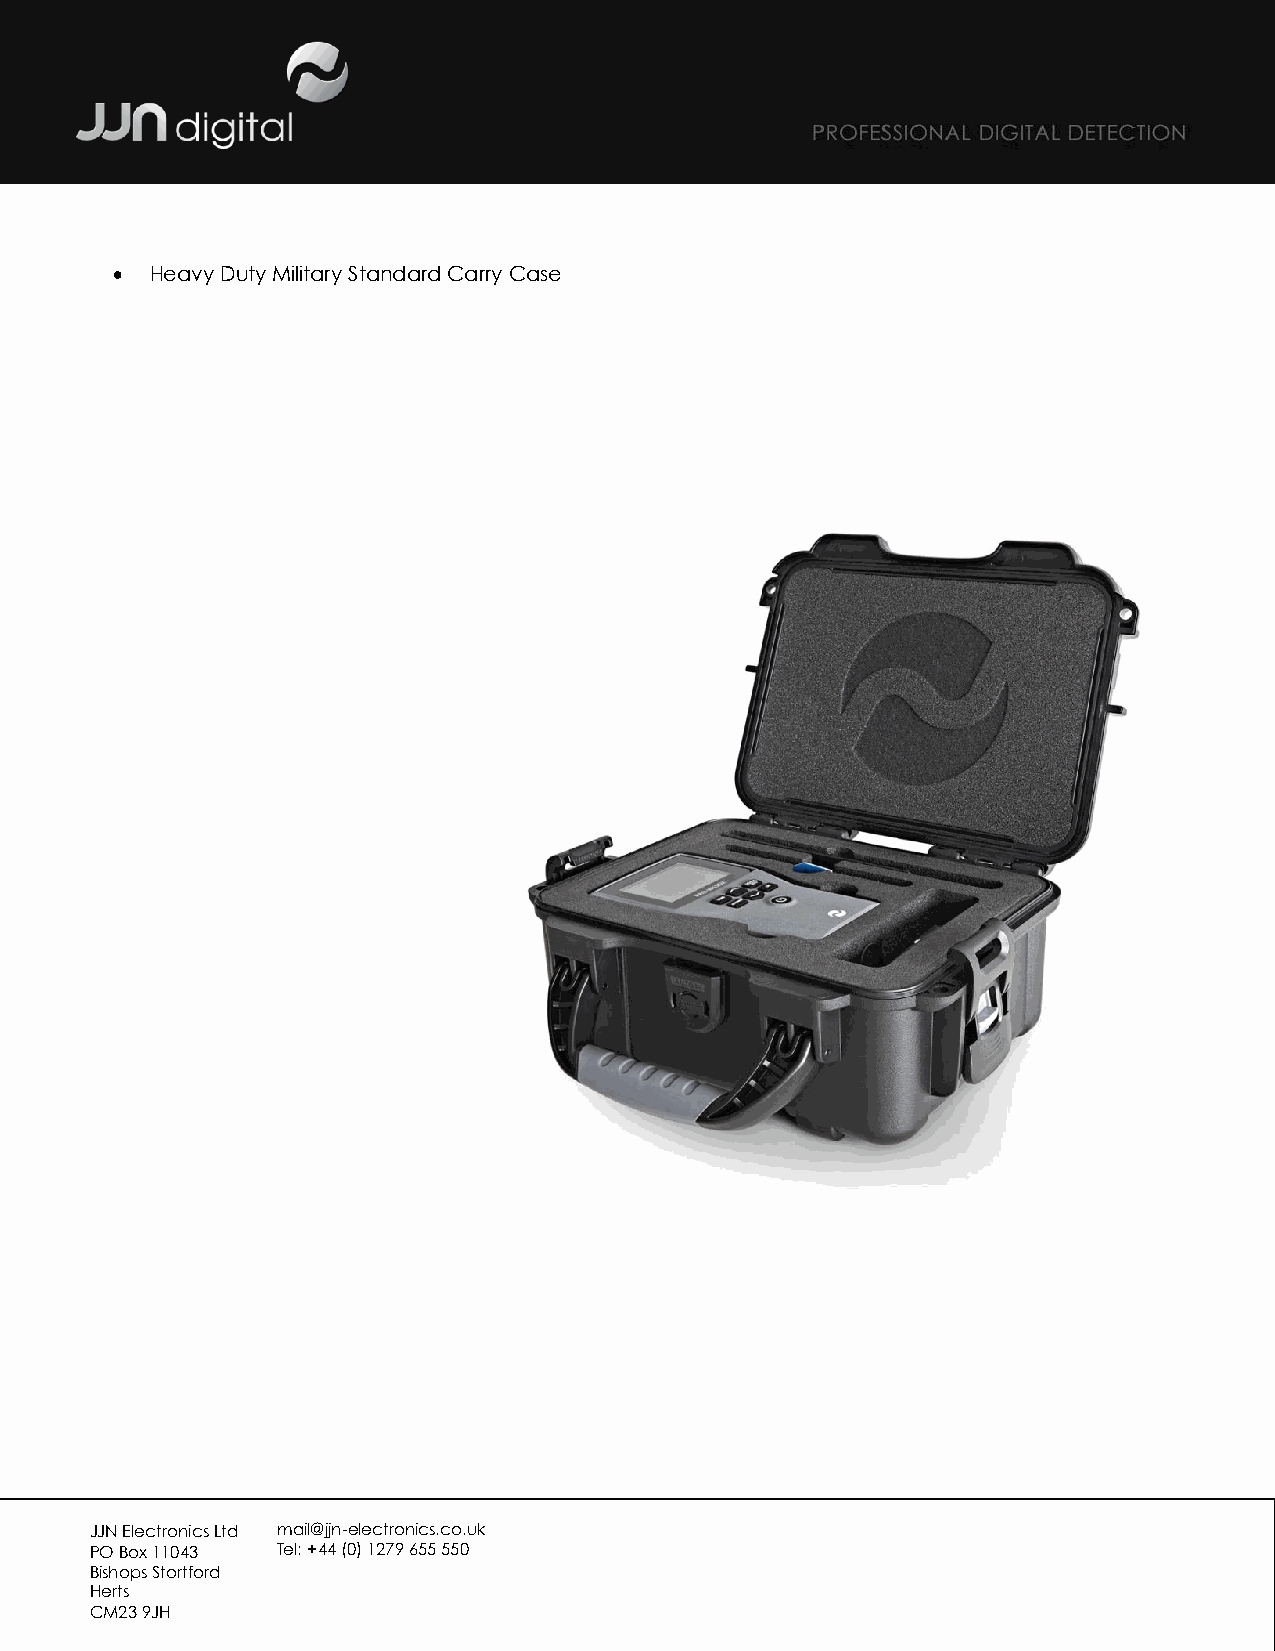
•  Heavy Duty Military Standard Carry Case
 JJN Electronics Ltd mail@jjn-electronics.co.uk
 PO Box 11043 Tel: +44 (0) 1279 655 550
 Bishops Stortford
 Herts
 CM23 9JH